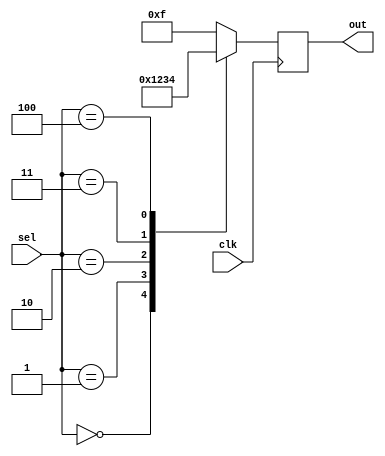
module parallel_case_example (
    input wire [2:0] sel,
    input wire clk,
    output reg [3:0] out
);

always @ (posedge clk) begin
    case (sel)
        3'b000: out <= 4'b0000;
        3'b001: out <= 4'b0001;
        3'b010: out <= 4'b0010;
        3'b011: out <= 4'b0011;
        3'b100: out <= 4'b0100;
        default: out <= 4'b1111;
    endcase
end

endmodule